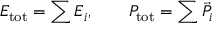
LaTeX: E _ { \mathrm { t o t } } = \sum E _ { i } , \qquad P _ { \mathrm { t o t } } = \sum \vec { P } _ { i }